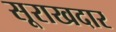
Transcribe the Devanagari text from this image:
सूराखदार